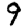
Digit: 9